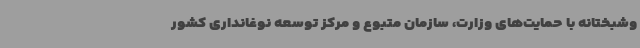
وشبختانه با حمایت‌های وزارت، سازمان متبوع و مرکز توسعه نوغانداری کشور